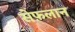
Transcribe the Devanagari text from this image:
सेफ़लान